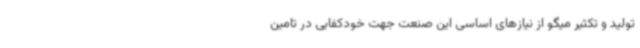
تولید و تکثیر میگو از نیازهای اساسی این صنعت جهت خودکفایی در تامین